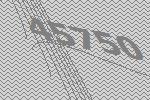
45750